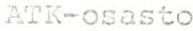
ATK-osasto